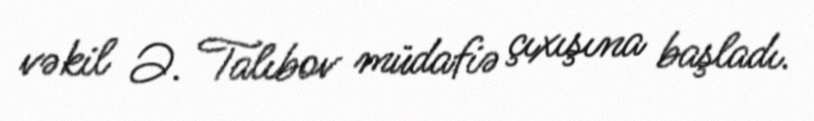
vəkil Ə. Talıbov müdafiə çıxışına başladı.